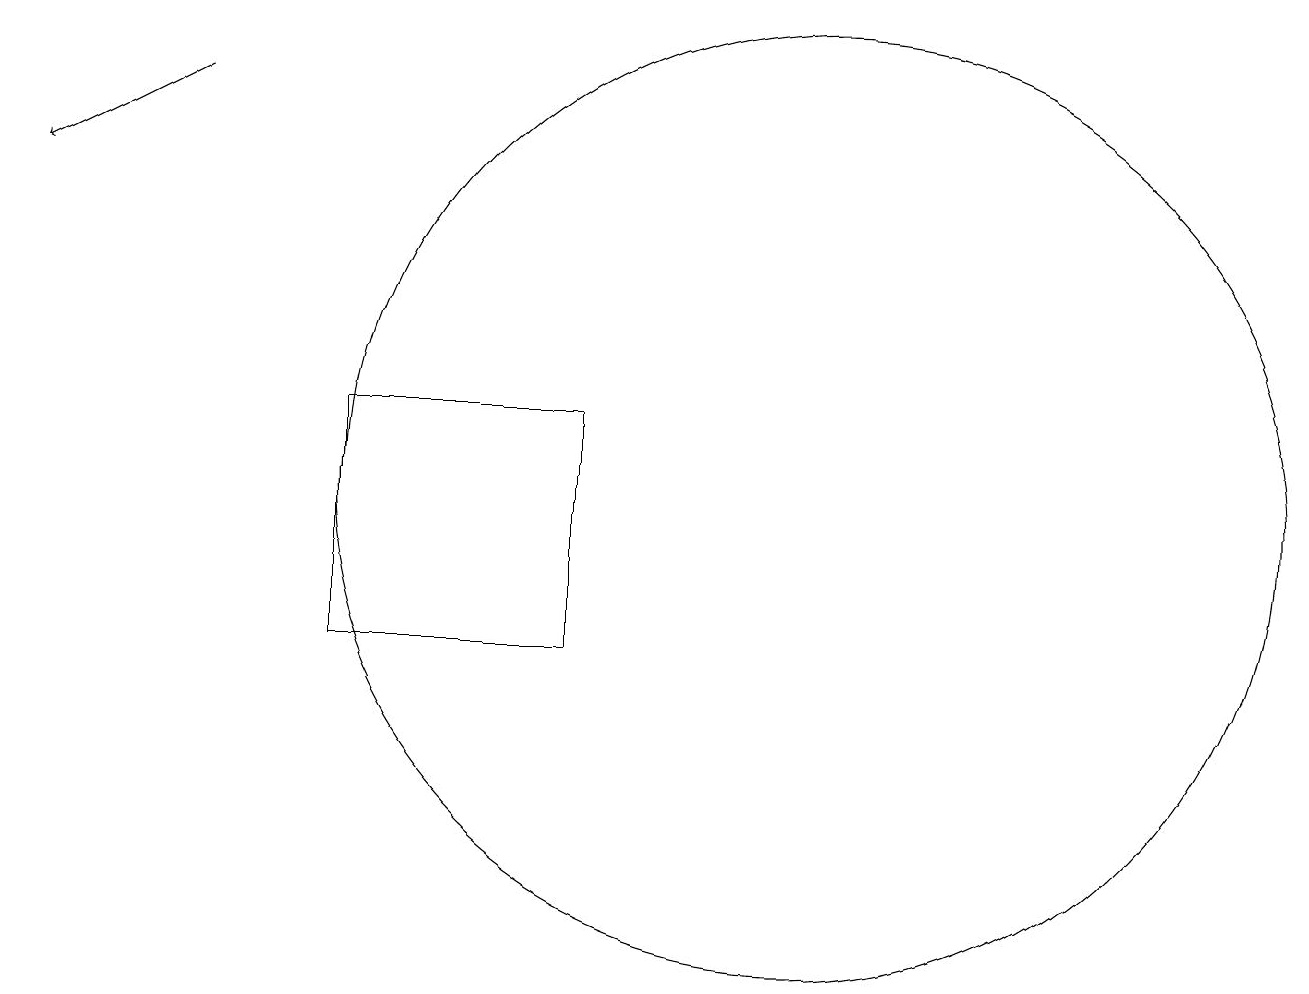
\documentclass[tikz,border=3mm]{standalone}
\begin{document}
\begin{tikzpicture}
\draw (11,12) circle (6);
\draw[->] (3,17) -- (1,16);
\draw (8,13) rectangle (5,10);
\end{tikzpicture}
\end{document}